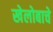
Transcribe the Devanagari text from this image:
खेलोबाचे